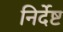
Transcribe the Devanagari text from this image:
निर्देष्ट